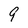
Character: 9